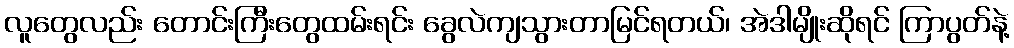
လူတွေလည်း တောင်းကြီးတွေထမ်းရင်း ခွေလဲကျသွားတာမြင်ရတယ်၊ အဲဒါမျိုးဆိုရင် ကြာပွတ်နဲ့